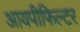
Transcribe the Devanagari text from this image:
आयपीफिल्टर